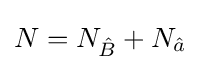
N=N_{\hat {B}}+N_{\hat {a}}